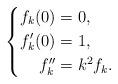
LaTeX: \begin{align*} \left\{\begin{aligned} f_k(0)&=0, \\ f_k'(0)&=1, \\ f_k''&=k^2f_k.\end{aligned} \right. \end{align*}